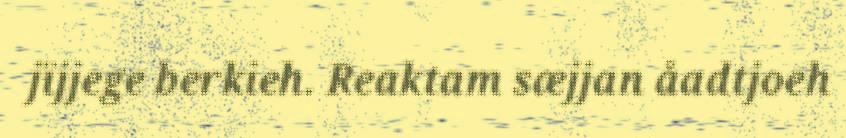
jïjjege berkieh. Reaktam sæjjan åadtjoeh